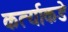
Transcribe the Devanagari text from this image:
कर्त्याकडे